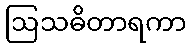
ဩသဓိတာရကာ